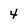
Character: 4